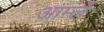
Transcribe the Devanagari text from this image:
आर्म्ले